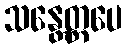
သန္တေတ္ထပေ